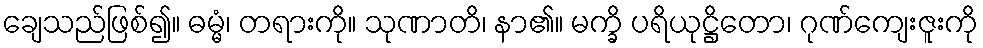
ချေသည်ဖြစ်၍။ ဓမ္မံ၊ တရားကို။ သုဏာတိ၊ နာ၏။ မက္ခိ ပရိယုဋ္ဌိတော၊ ဂုဏ်ကျေးဇူးကို